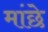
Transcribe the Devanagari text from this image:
मांछे